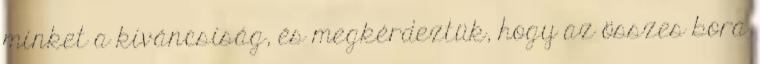
minket a kíváncsiság, és megkérdeztük, hogy az összes bora